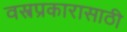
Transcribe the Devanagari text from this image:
वस्त्रप्रकारासाठी